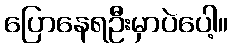
ပြောနေရဦးမှာပဲပေါ့။